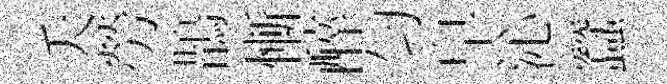
夭勞鵲慚醉匀皁沁蠶